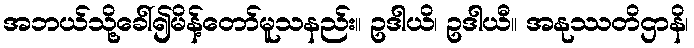
အဘယ်သို့ခေါ်၍မိန့်တော်မူသနည်း။ ဥဒါယိ၊ ဥဒါယီ။ အနုဿတိဌာနိ၊